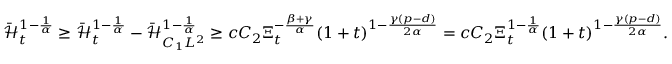
\bar { \mathcal { H } } _ { t } ^ { 1 - \frac { 1 } { \alpha } } \geq \bar { \mathcal { H } } _ { t } ^ { 1 - \frac { 1 } { \alpha } } - \bar { \mathcal { H } } _ { C _ { 1 } L ^ { 2 } } ^ { 1 - \frac { 1 } { \alpha } } \geq c C _ { 2 } \Xi _ { t } ^ { - \frac { \beta + \gamma } { \alpha } } ( 1 + t ) ^ { 1 - \frac { \gamma ( p - d ) } { 2 \alpha } } = c C _ { 2 } \Xi _ { t } ^ { 1 - \frac { 1 } { \alpha } } ( 1 + t ) ^ { 1 - \frac { \gamma ( p - d ) } { 2 \alpha } } .